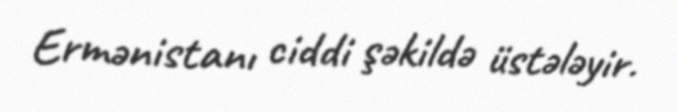
Ermənistanı ciddi şəkildə üstələyir.